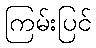
ကြမ်းပြင်